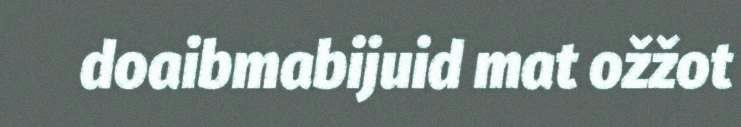
doaibmabijuid mat ožžot